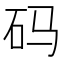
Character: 码